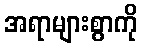
အရာများစွာကို